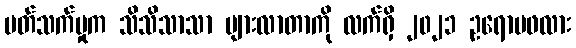
ပတ်သက်မှုက သိသိသာသာ များလာတာကို လက်ရှိ ၂၀၂၁ ဥရောပဖလား